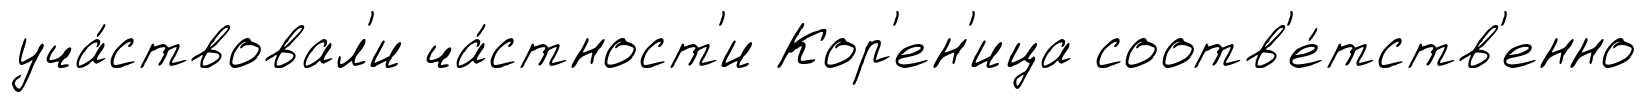
уча́ствовал'и ча́стност'и Кор'ен'ица соотв'е́тств'енно